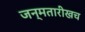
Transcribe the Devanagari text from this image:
जन्मतारीखच